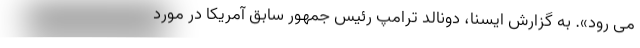
می رود». به گزارش ایسنا، دونالد ترامپ رئیس جمهور سابق آمریکا در مورد